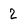
Character: 2